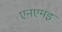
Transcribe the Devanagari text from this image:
एनएमइ